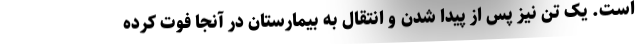
است. یک تن نیز پس از پیدا شدن و انتقال به بیمارستان در آنجا فوت کرده